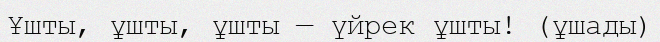
Ұшты, ұшты, ұшты — үйрек ұшты! (ұшады)